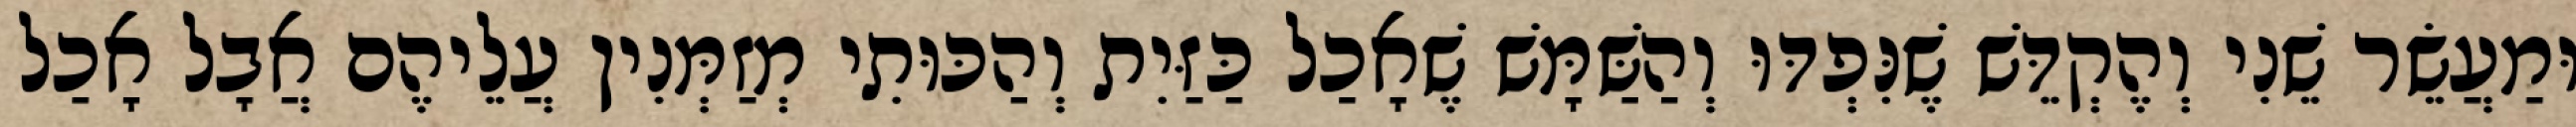
וּמַעֲשֵׂר שֵׁנִי וְהֶקְדֵּשׁ שֶׁנִּפְדּוּ וְהַשַּׁמָּשׁ שֶׁאָכַל כַּזַּיִת וְהַכּוּתִי מְזַמְּנִין עֲלֵיהֶם אֲבָל אָכַל